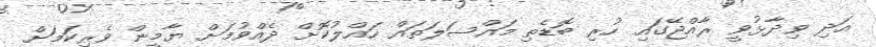
އަދި ވިދާޅުވީ ރާއްޖޭގައި ހުރި ބޮޑެތި މައްސަލަތައް ހައްލުކޮށް ދެއްވުމަށް ޔާމީން ވެރިކަމަށް